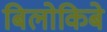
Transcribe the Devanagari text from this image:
बिलोकिबे